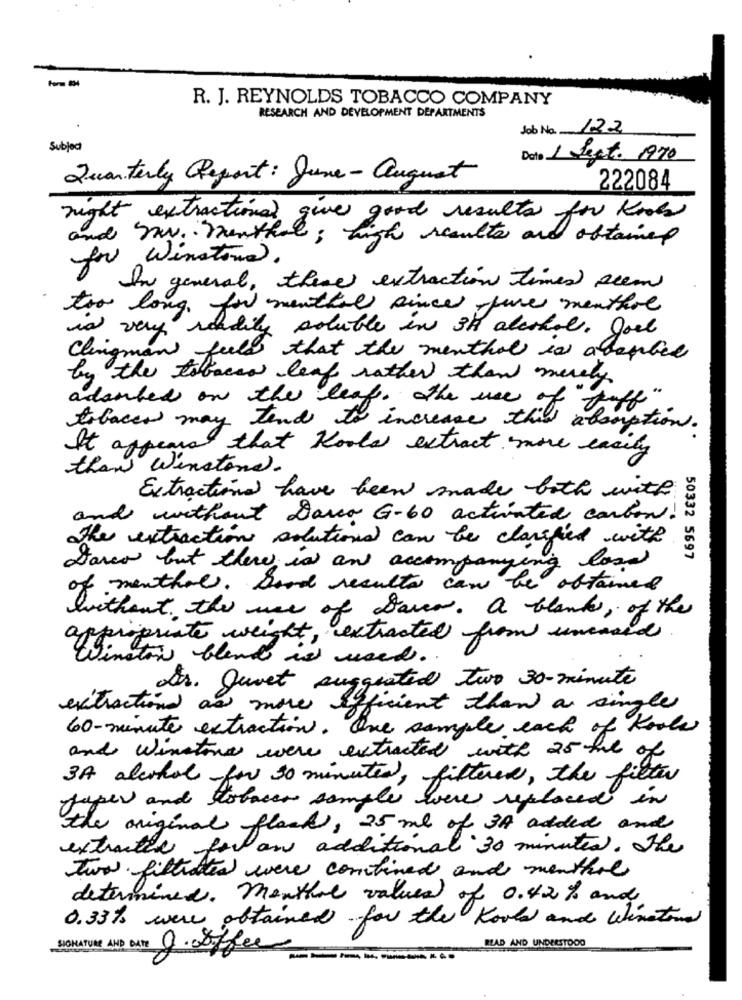
R. J. REYNOLDS TOBACCO COMPANY
RESEARCH AND DEVELOPMENT DEPARTMENTS
Job No. 122
Subject
Data 1 Legt. 1970
Quarterly Report : June- august
222084
night extractionel give good results for Knots
and Iv. menthal; high results and obtained
for winstond.
In general, there extraction times seem
too long, for menthal since five menthol
is very readily soluble in 3H alcohol. Joel
Clingman feels that the menthol is abaples
by the tobacco leaf rather than merely
adorbed on the leaf. the use of
tobacco may tend to increase this aloon
bastion.
It appears that Kools extract more easily
than Winstond.
Extractions have been made both with
and without Dava G-60 activated carbon!
The extractions solutions can be clarified with
50332 5697
Garco but there is an accompanying load
of menthal. Good results can be obtained
without the use of Saver. a blank, of the
ppropriate weight, extracted from uncared
Linstow blend is word ..
der. Quiet suggested two 30-minute
extraction as more efficient than a single
60-minute extraction. One sample each of Koole
and winstone were extracted with 25 til of
3A alcohol -for 30 minutes,
filtern, the filter
uper and tobacco samples were replaced in
the original flack, 25 ml of 3A added and
extraites for an additional 30 minutes. The
two filtrated were combined and menthal
determined. menthol valued
of 0.42 % and
0.33% were obtained for the Kool and Winston
BLAD AND UNDERSTOOD
SIGNATURE AMP DATE
J.Soffer